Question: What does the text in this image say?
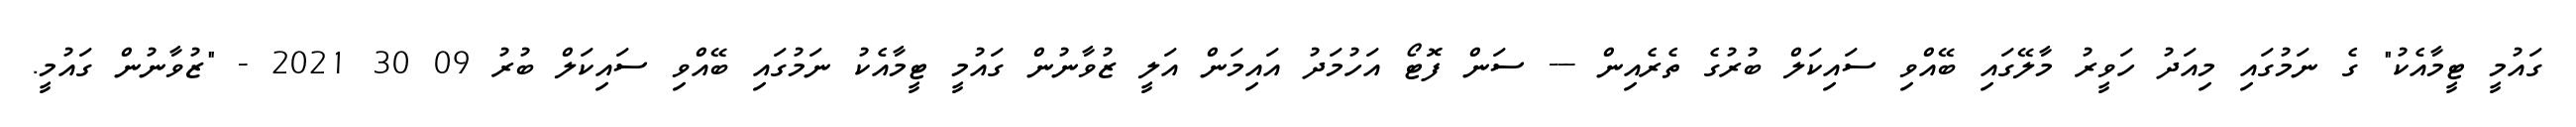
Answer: ގައުމީ ޓީމާއެކު" ގެ ނަމުގައި މިއަދު ހަވީރު މާލޭގައި ބޭއްވި ސައިކަލް ބުރުގެ ތެރެއިން --- ސަން ފޮޓޯ އަހުމަދު އައިމަން އަލީ ޒުވާނުން ގައުމީ ޓީމާއެކު ނަމުގައި ބޭއްވި ސައިކަލް ބުރު 09 30 2021 - "ޒުވާނުން ގައުމީ.